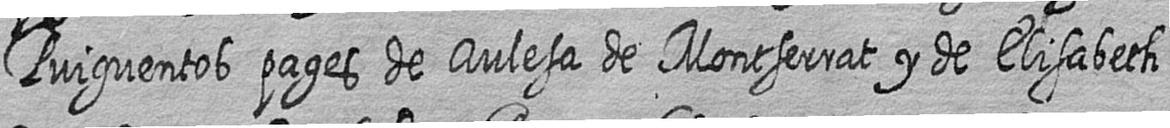
Puiguentos pages de Aulesa de Montserrat y de Elisabeth